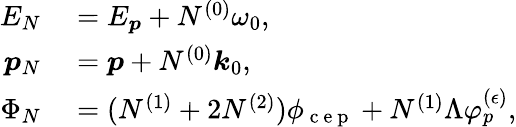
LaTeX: \begin{array}{rl}{E_{N}}&{{}=E_{\boldsymbol{p}}+N^{(0)}\omega_{0},}\\ {\boldsymbol{p}_{N}}&{{}=\boldsymbol{p}+N^{(0)}\boldsymbol{k}_{0},}\\ {\Phi_{N}}&{{}=(N^{(1)}+2N^{(2)})\phi_{\mathrm{~c~e~p~}}+N^{(1)}\Lambda\varphi_{p}^{(\epsilon)},}\end{array}